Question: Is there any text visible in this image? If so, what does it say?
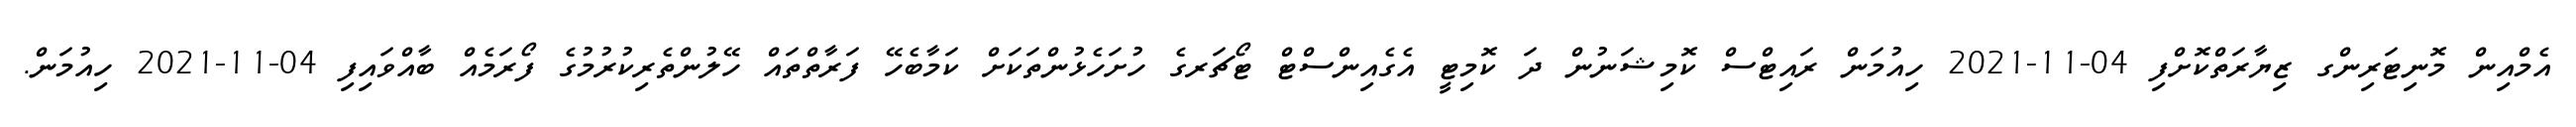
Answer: އެމްއިން މޮނިޓަރިންގ ޒިޔާރަތްކޮށްފި 04-11-2021 ހިއުމަން ރައިޓްސް ކޮމިޝަނުން ދަ ކޮމިޓީ އެގެއިންސްޓް ޓޯޗަރގެ ހުށަހެޅުންތަކަށް ކަމާބެހޭ ފަރާތްތައް ހޭލުންތެރިކުރުމުގެ ފޯރަމެއް ބާއްވައިފި 04-11-2021 ހިއުމަން.